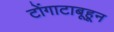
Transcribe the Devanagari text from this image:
टोंगाटाबूहून